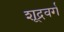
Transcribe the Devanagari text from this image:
शूद्रवर्ग